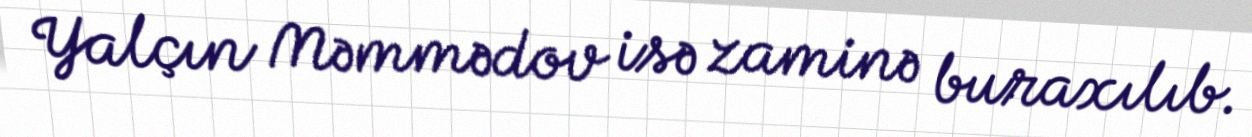
Yalçın Məmmədov isə zaminə buraxılıb.